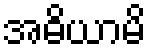
အဓိယာမိ